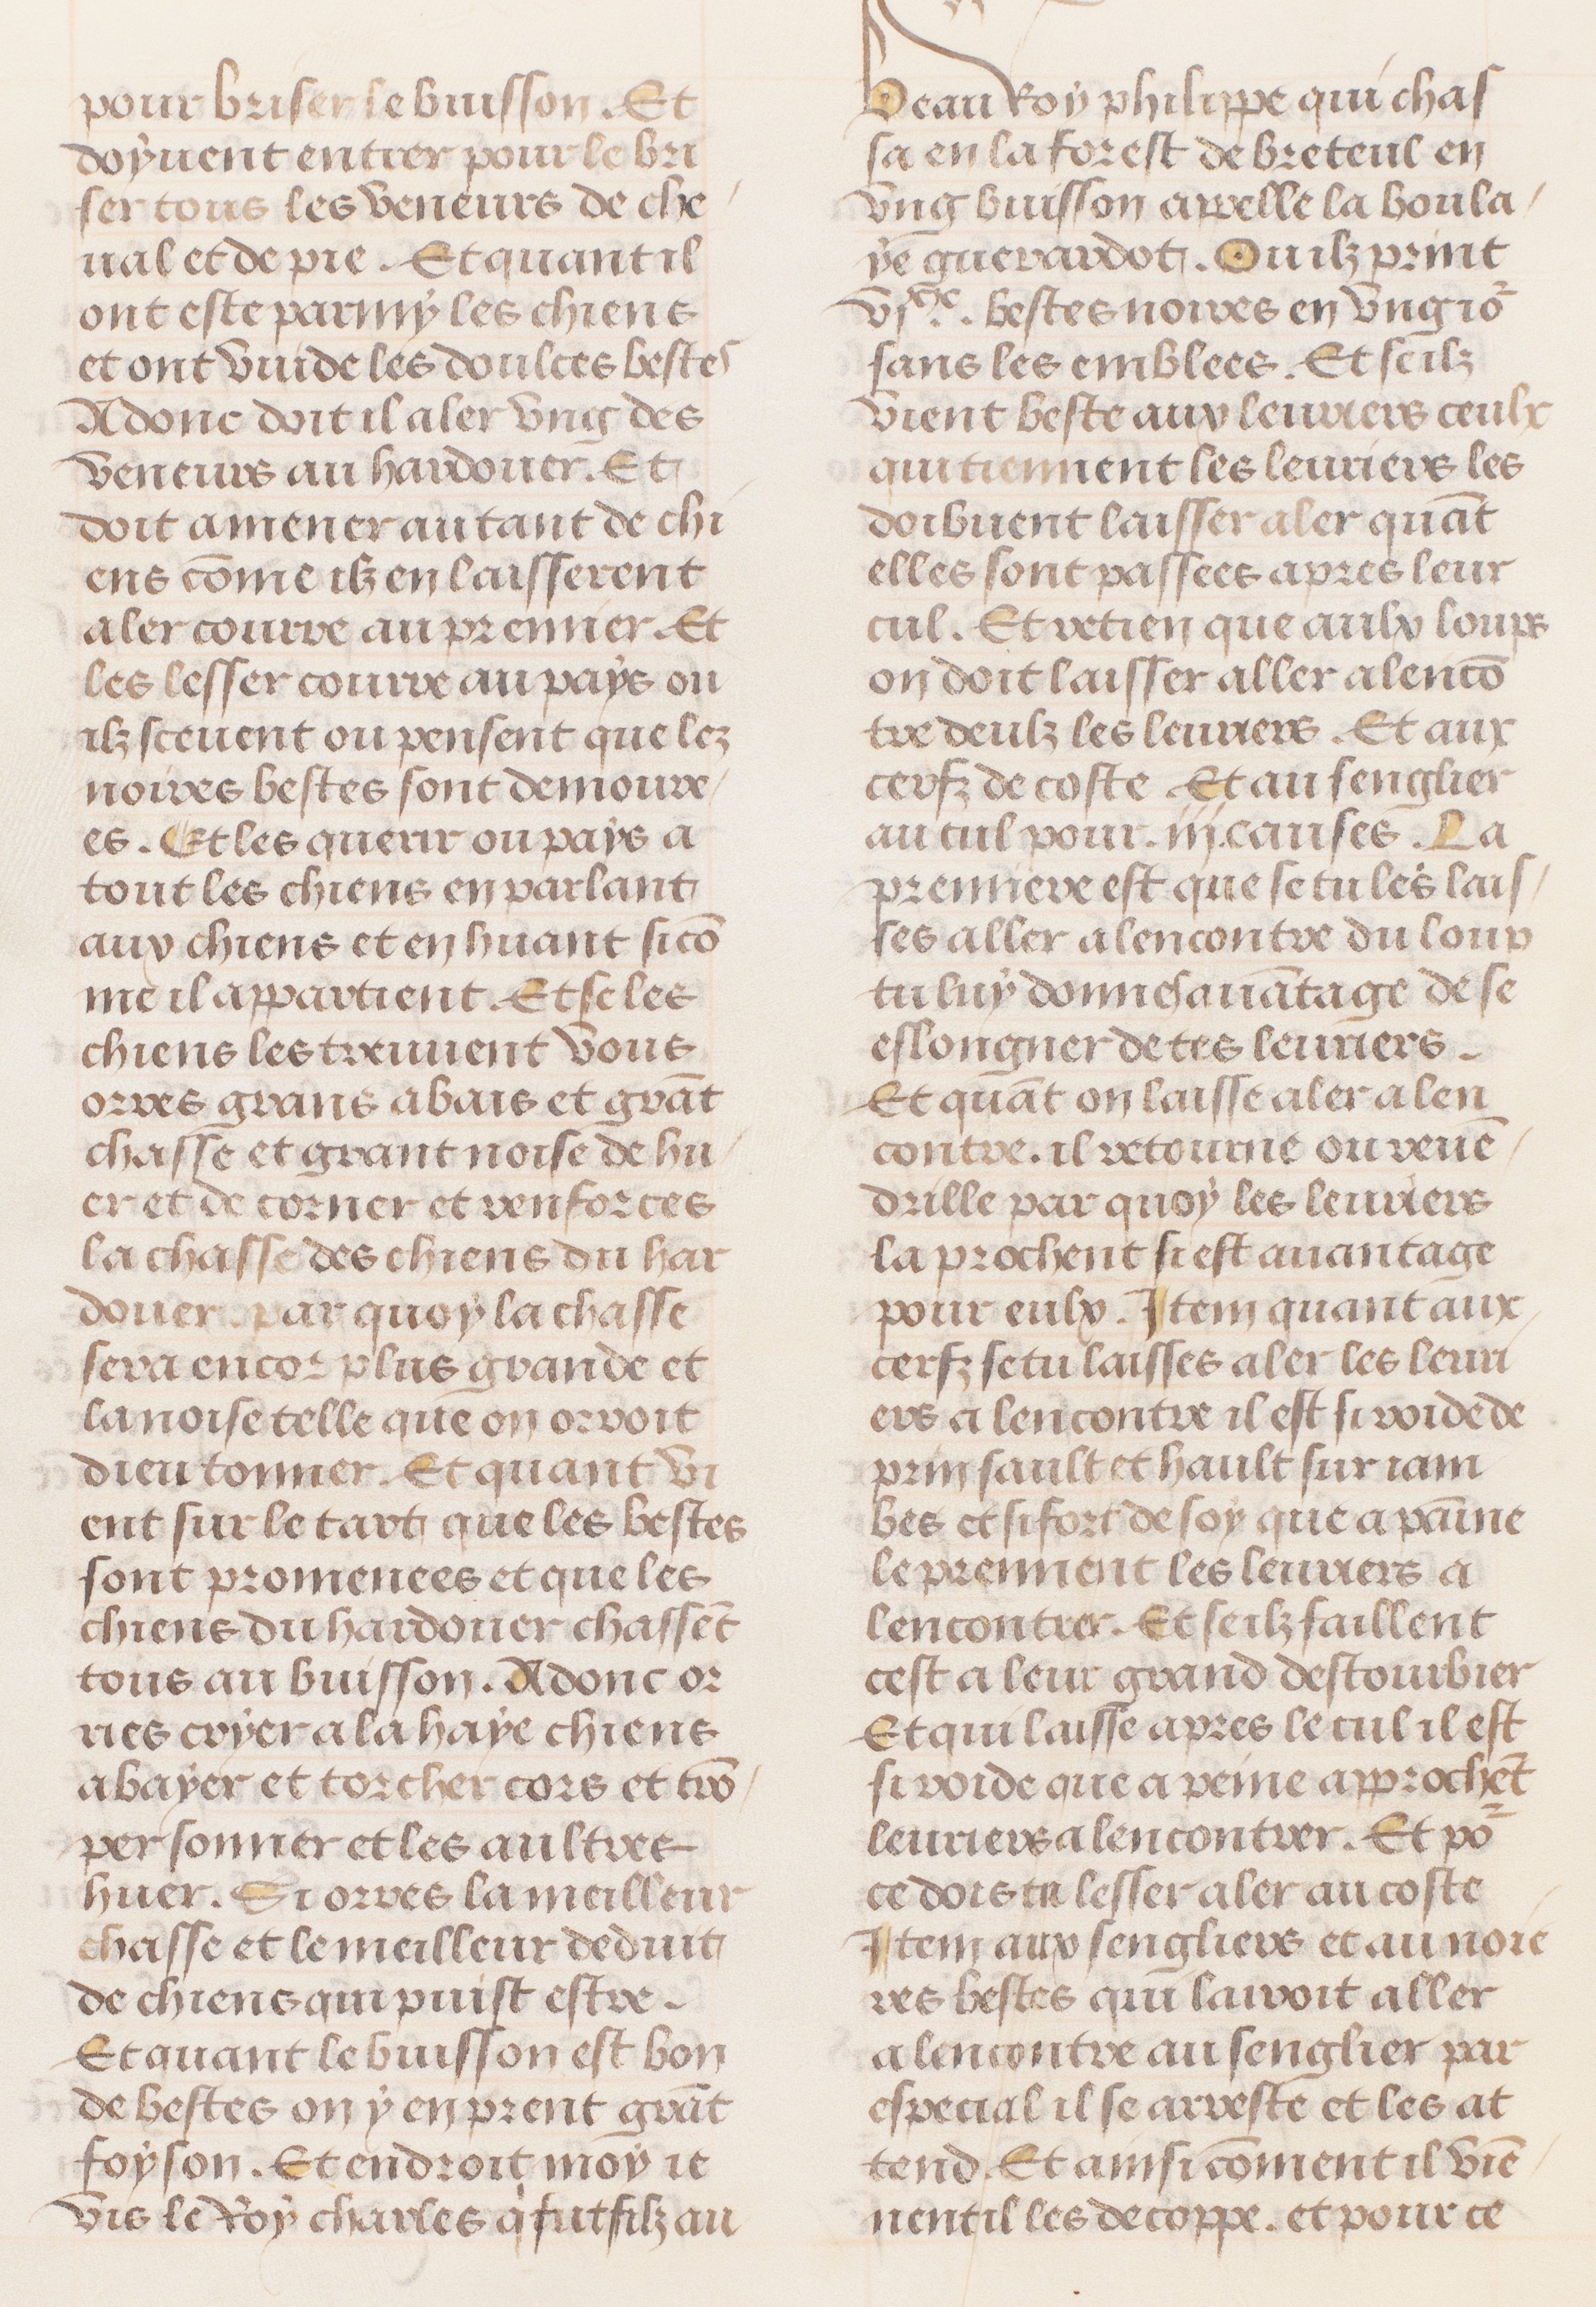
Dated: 1491–1498